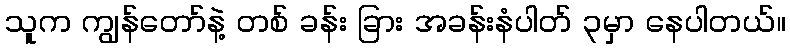
သူက ကျွန်တော်နဲ့ တစ် ခန်း ခြား အခန်းနံပါတ် ၃မှာ နေပါတယ်။